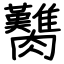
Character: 臡